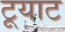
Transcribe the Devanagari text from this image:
टूयाट